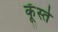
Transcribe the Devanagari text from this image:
कूँस्ते